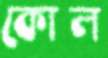
কোল